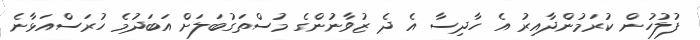
ފުލުހުން ކުރަމުންދާއިރު އެ ހާދިސާ އެ ދެ ޒުވާނުންގެ މުސްތަގުބަލަށް އަބަދުމެ ހުރަސްއަޅާނެ